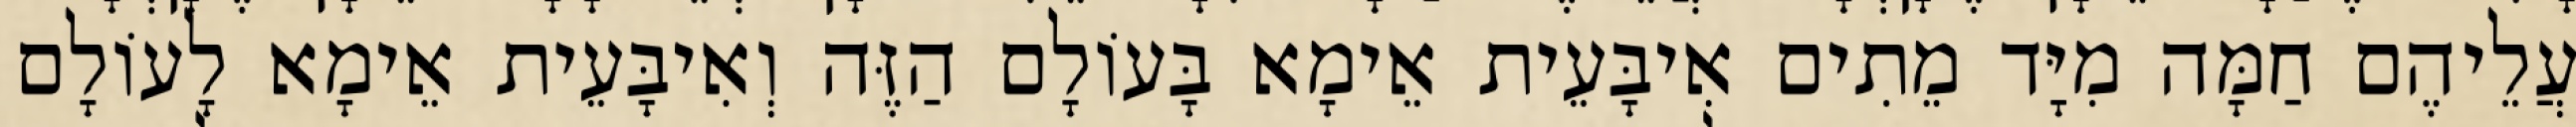
עֲלֵיהֶם חַמָּה מִיָּד מֵתִים אִיבָּעֵית אֵימָא בָּעוֹלָם הַזֶּה וְאִיבָּעֵית אֵימָא לָעוֹלָם